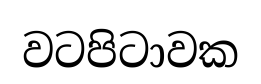
වටපිටාවක